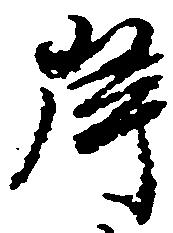
岸